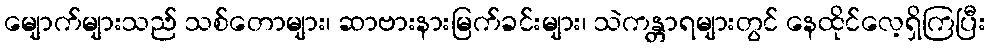
မျောက်များသည် သစ်တောများ၊ ဆာဗားနားမြက်ခင်းများ၊ သဲကန္တာရများတွင် နေထိုင်လေ့ရှိကြပြီး